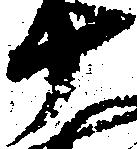
十